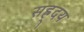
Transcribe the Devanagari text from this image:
सह्र्दय